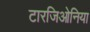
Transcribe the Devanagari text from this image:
टारजिओनिया